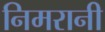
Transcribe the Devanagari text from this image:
निमरानी